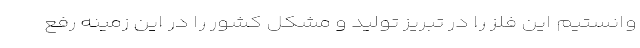
وانستیم این فلز را در تبریز تولید و مشکل کشور را در این زمینه رفع